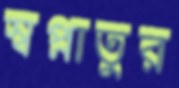
স্বপ্নাতুর